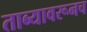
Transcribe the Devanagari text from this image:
ताब्यावरूनच